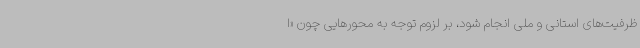
ظرفیت‌های استانی و ملی انجام شود، بر لزوم توجه به محورهایی چون «ا